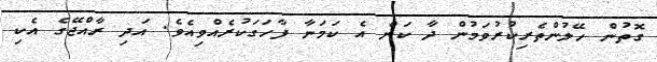
ގޮތުން ހޭލުންތެރިކުރުވަމުން ދާ ކަން އެ ކަމަނާ ފާހަގަކުރެއްވިއެވެ. އަދި ރާއްޖޭގެ އެކި